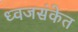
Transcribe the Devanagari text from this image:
ध्वजसंकेत